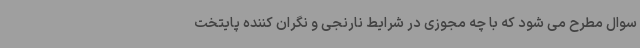
سوال مطرح می شود که با چه مجوزی در شرایط نارنجی و نگران کننده پایتخت